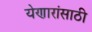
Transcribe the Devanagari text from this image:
येणारांसाठी